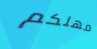
مهلكم